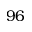
9 6